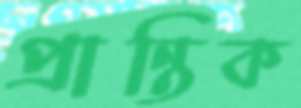
প্রান্তিক